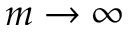
m \to \infty